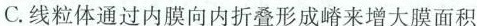
C.线粒体通过内膜向内折叠形成嵴来增大膜面积